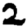
Digit: 2